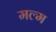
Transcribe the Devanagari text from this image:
मल्म